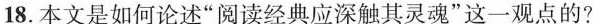
18.本文是如何论述“阅读经典应深触其灵魂”这一观点的?